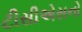
ટીસીએસનો